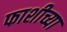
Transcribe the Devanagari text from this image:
फाशीच्या